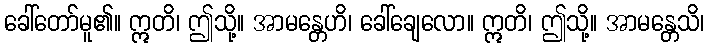
ခေါ်တော်မူ၏။ ဣတိ၊ ဤသို့။ အာမန္တေဟိ၊ ခေါ်ချေလော။ ဣတိ၊ ဤသို့။ အာမန္တေသိ၊